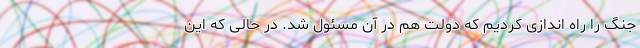
جنگ را راه اندازی کردیم که دولت هم در آن مسئول شد. در حالی که این